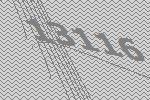
13116